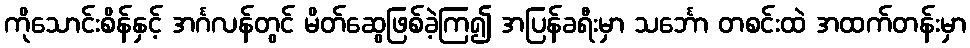
ကိုသောင်းစိန်နှင့် အင်္ဂလန်တွင် မိတ်ဆွေဖြစ်ခဲ့ကြ၍ အပြန်ခရီးမှာ သင်္ဘော တစင်းထဲ အထက်တန်းမှာ